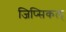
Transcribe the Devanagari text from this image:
जिप्सिकल्